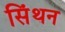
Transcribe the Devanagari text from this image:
सिंथन